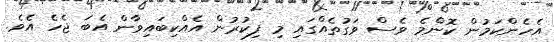
އެހެންކަމުން ކޮންމެ ވެސް ވަގުތެއްގައި މި ފިކުރުން އެއްކިބައިވާން އެބަ ޖެހެ އެވެ.